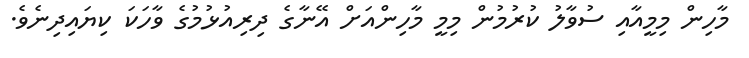
މާހިން މިމީއާއި ސުވާލު ކުރުމުން މިމީ މާހިންއަށް އޭނާގެ ދިރިއުޅުމުގެ ވާހަކަ ކިޔައިދިނެވެ.